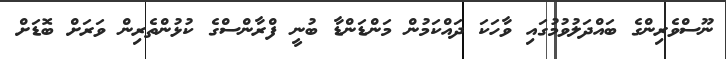
ނޫސްވެރިންގެ ބައްދަލުވުމުގައި ވާހަކަ ދައްކަމުން މަންޑަންޑާ ބުނީ ފްރާންސްގެ ކުޅުންތެރިން ވަރަށް ބޮޑަށް